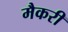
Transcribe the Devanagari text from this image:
मैकरी